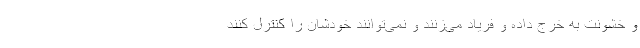
و خشونت به خرج داده و فریاد می‌زنند و نمی‌توانند خودشان را کنترل کنند